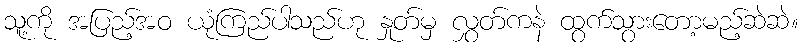
သူ့ကို အပြည့်အဝ ယုံကြည်ပါသည်ဟု နှုတ်မှ လွှတ်ကနဲ ထွက်သွားတော့မည့်ဆဲဆဲ။